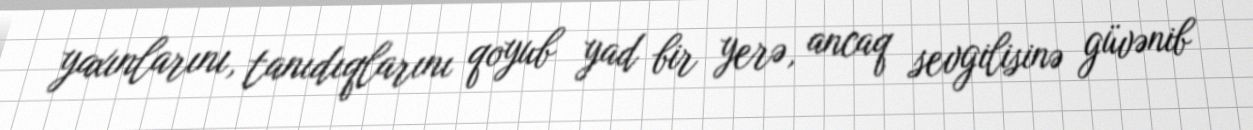
yaxınlarını, tanıdıqlarını qoyub yad bir yerə, ancaq sevgilisinə güvənib